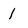
Character: 1